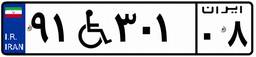
۹۱W۳۰۱۰۸